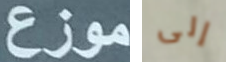
موزع إلى